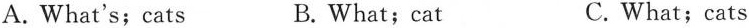
A. What's; cats B. What; cat C. What; cats